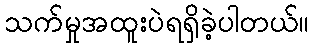
သက်မှုအထူးပဲရရှိခဲ့ပါတယ်။